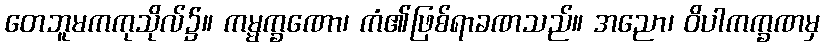
တေဘူမကကုသိုလ်၌။ ကမ္မက္ခဏော၊ ကံ၏ဖြစ်ရာခဏသည်။ အညော၊ ဝိပါကက္ခဏမှ